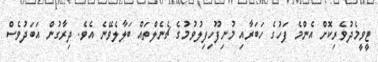
ޓީވީމެދުވެރިކޮށް އެންމެ ފަހުގެ ހަބަރާއި މުނިފޫހިފިލުވުމުގެ ޗެނެލްތައް ބަލާލެވޭނެ އެވެ. ދިރާގުން އަބަދުވެސް